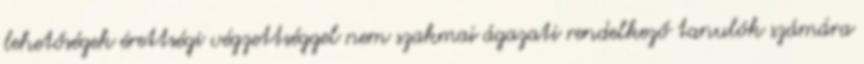
lehetőségek érettségi végzettséggel nem szakmai ágazati rendelkező tanulók számára